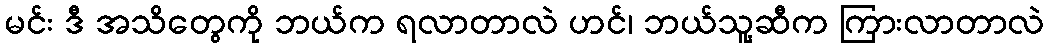
မင်း ဒီ အသိတွေကို ဘယ်က ရလာတာလဲ ဟင်၊ ဘယ်သူ့ဆီက ကြားလာတာလဲ